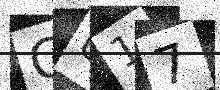
Text: GU17